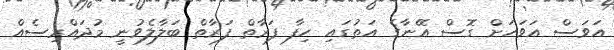
އަވަސް އަވަހަށް ގޮސް އޭނާގެ އަތުގައި ހިފާ ފަރާތް ފަރާތް ބަލާލެވުނީ މުދައްރިސެއް